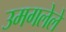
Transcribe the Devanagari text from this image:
उमगलेले